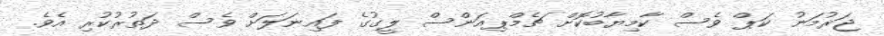
ޖަރުމަނު ކަޕް ވެސް ކާމިޔާބުކޮށް ޗެމްޕިއަންސް ލީގުގެ ފައިނަލަށް ވެސް ދަތުރުކުރި އެވެ.